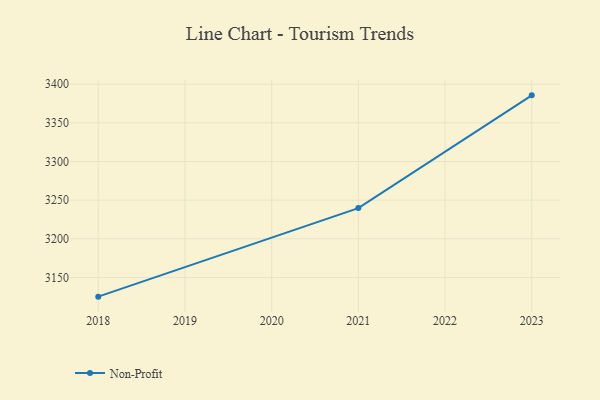
{"axis": {"x": "Year", "y": "Latency (ms)"}, "legend": ["Non-Profit"], "data": [{"x": "2023", "y": 3385.6, "type": "Non-Profit"}, {"x": "2021", "y": 3239.7, "type": "Non-Profit"}, {"x": "2018", "y": 3125.1, "type": "Non-Profit"}]}